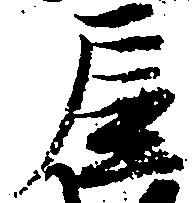
屋